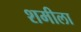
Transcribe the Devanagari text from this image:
शमीला